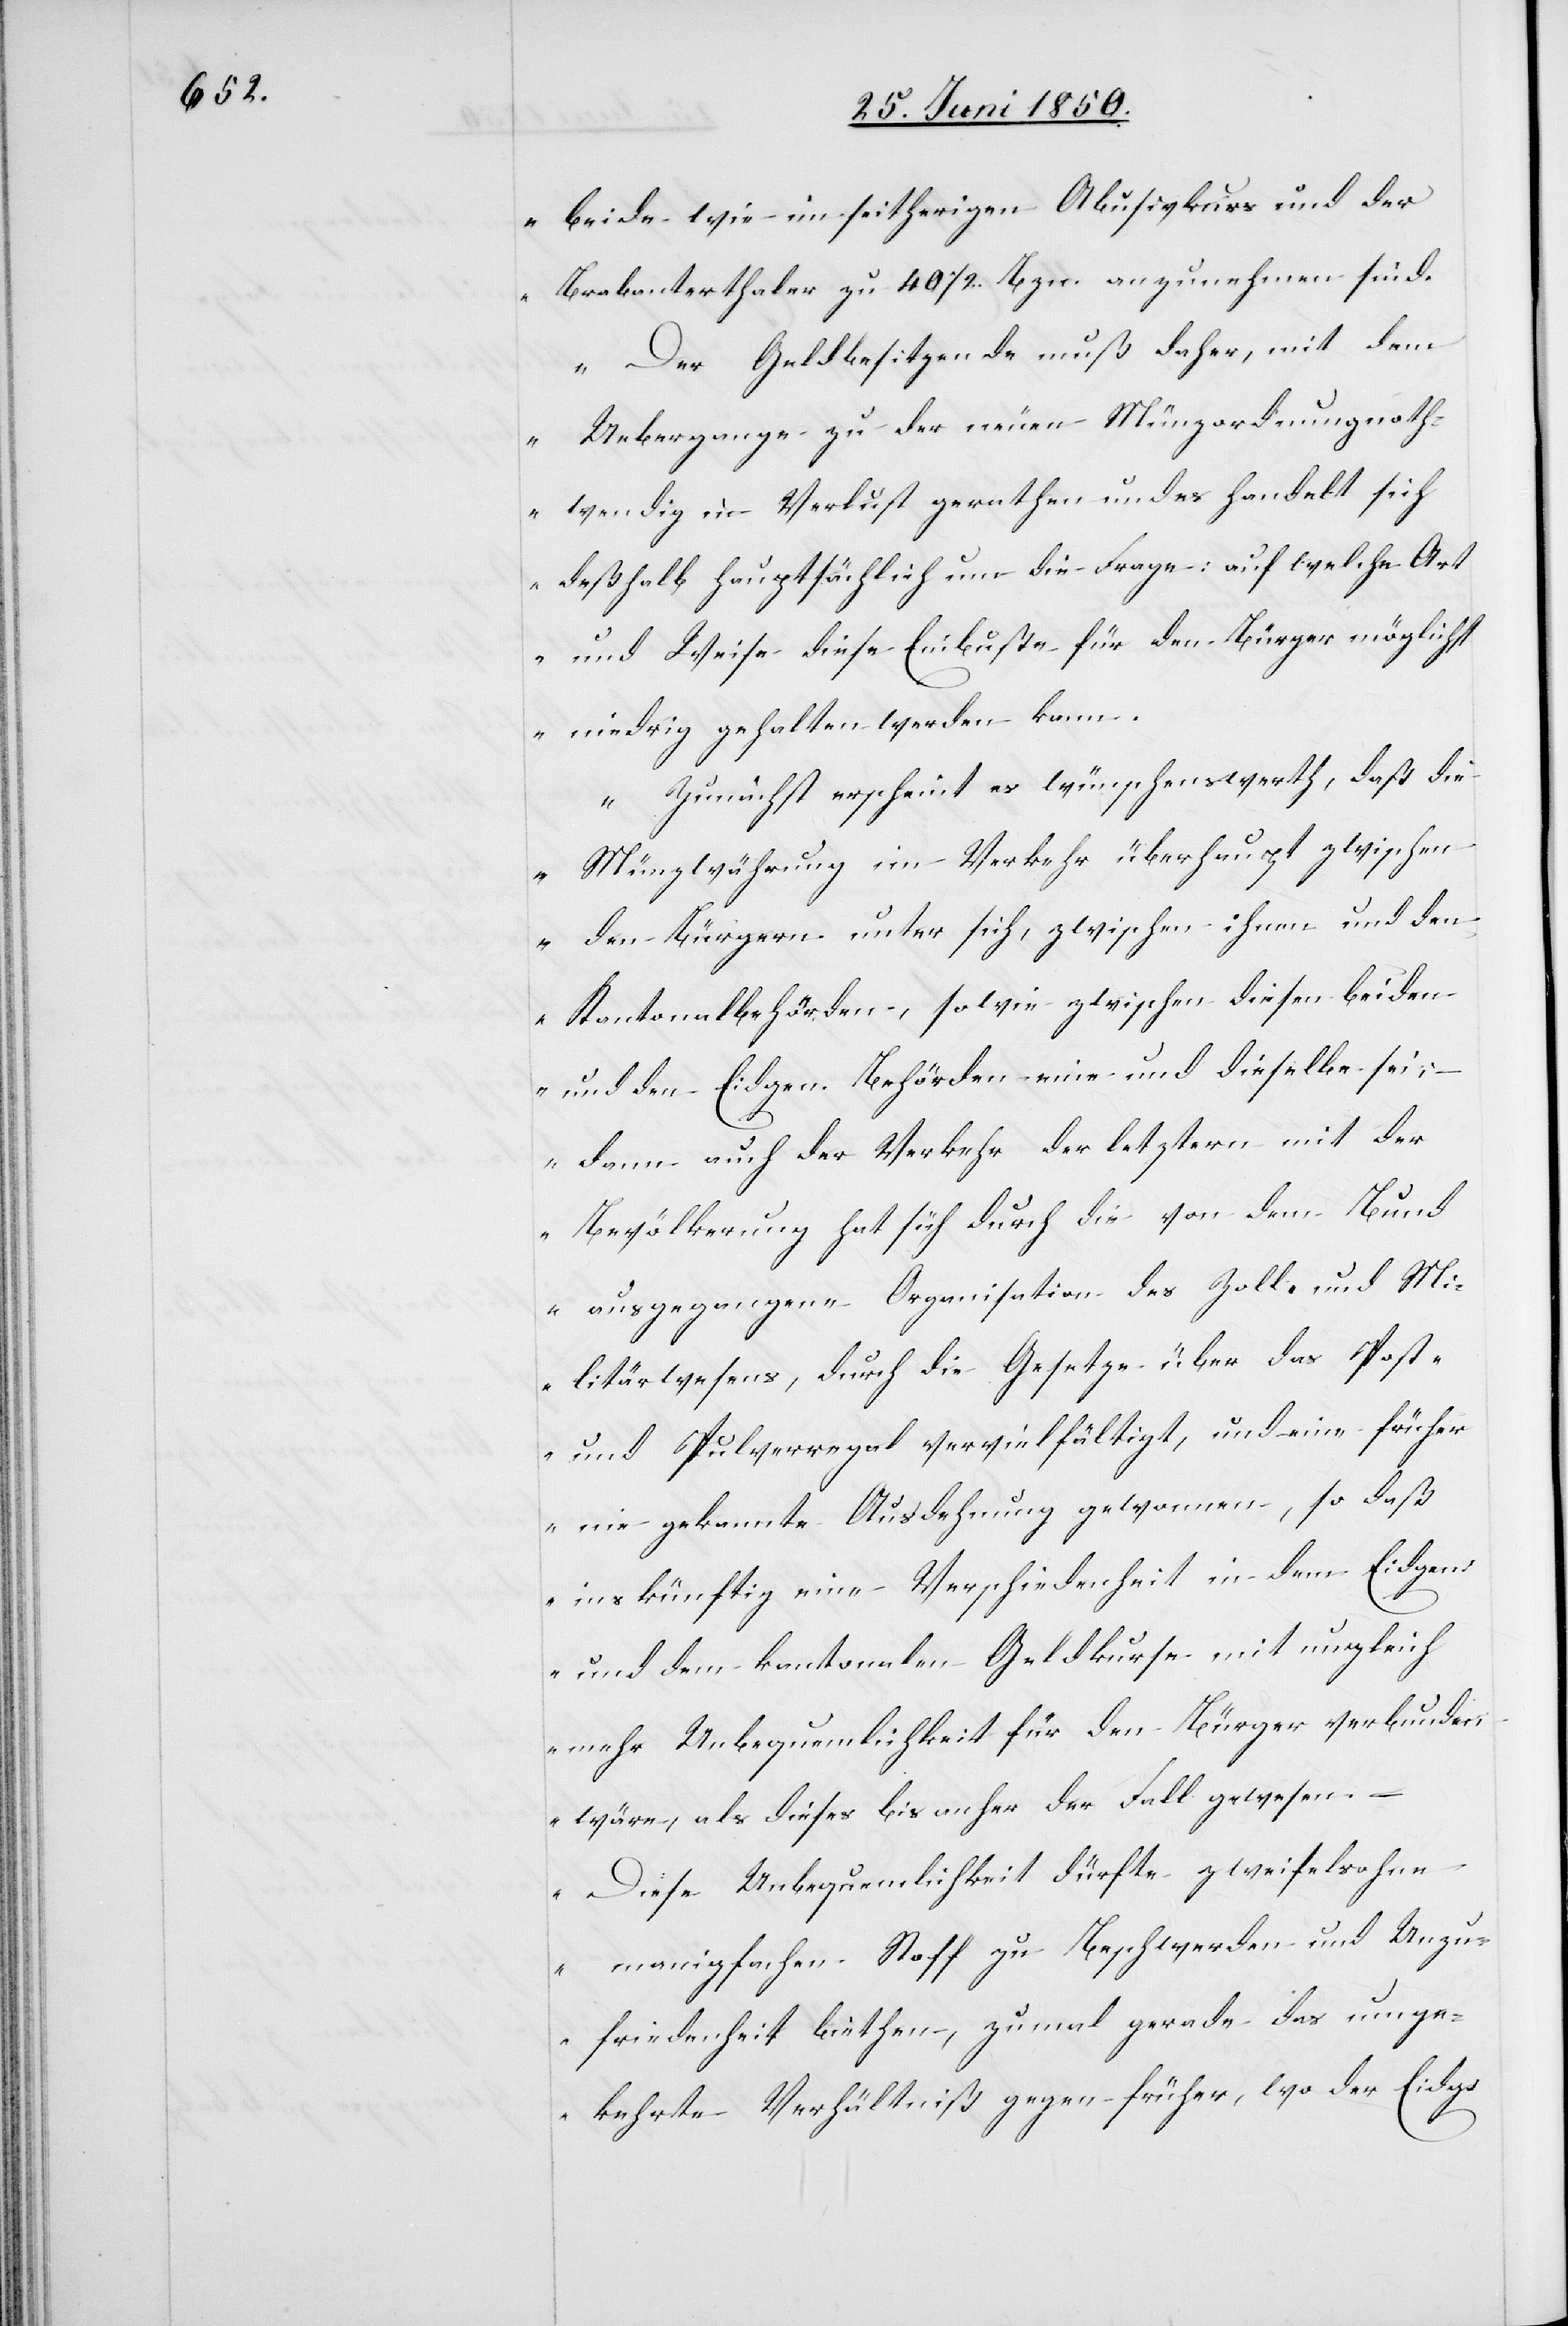
beide wie im seitherigen Abusivkurs und der
Brabanterthaler zu 40 1/2. Bzn. anzunehmen sind.
Der Geldbesitzende muß daher, mit dem
Uebergange zu der neuen Münzordnung noth¬
wendig in Verlust gerathen und es handelt sich
deßhalb hauptsächlich um die Frage: auf welche Art
und Weise diese Einbuße für den Bürger möglichst
niedrig gehalten werden kann.
Zunächst erscheint es wünschenswerth, daß die
Münzwährung im Verkehr überhaupt zwischen
den Bürgern unter sich, zwischen ihnen und den
Kantonalbehörden, sowie zwischen diesen beiden
und den Eidgen. Behörden eine und dieselbe sei;
dann auch der Verkehr der letztern mit der
Bevölkerung hat sich durch die von dem Bund
ausgegangene Organisation des Zoll- und Mi¬
litärwesens, durch die Gesetze über das Post-
und Pulverregal vervielfältigt, und eine früher
nie gekannte Ausdehnung gewonnen, so daß
inskünftig eine Verschiedenheit in dem Eidgen:
und dem kantonalen Geldkurse mit ungleich
mehr Unbequemlichkeit für den Bürger verbunden
wäre, als dieses bis anher der Fall gewesen.
Diese Unbequemlichkeit dürfte zweifelsohne
manigfachen Stoff zu Beschwerden und Unzu¬
friedenheit biethen, zumal gerade das umge¬
kehrte Verhältniß gegen früher, wo der Eidg.